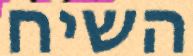
השיח